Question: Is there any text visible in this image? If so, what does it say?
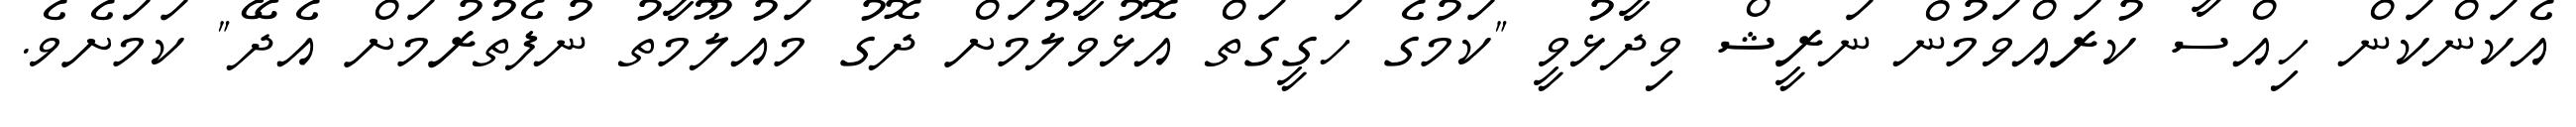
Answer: އެކަންކަން ހިއްސާ ކުރައްވަމުން ނަރީޝް ވިދާޅުވީ "ކަމުގެ ހަގީގަތް އޮޅުވާލުމަށް ދޮގު މައުލޫމާތު ނުފެތުރުމަށް އެދޭ" ކަމަށެވެ.